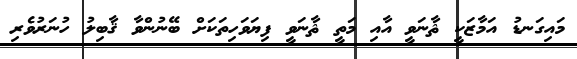
މައިގަނޑު އަމާޒަކީ ޘާނަވީ އާއި މަތީ ޘާނަވީ ފިޔަވަހިތަކަށް ބޭނުންވާ ޤާބިލު ހުނަރުވެރި